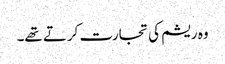
وہ ریشم کی تجارت کرتے تھے۔